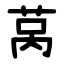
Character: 莴